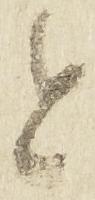
と